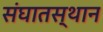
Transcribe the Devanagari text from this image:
संघातस्थान